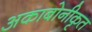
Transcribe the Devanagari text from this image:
अकाबोनीकृत